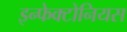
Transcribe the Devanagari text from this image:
इन्फेक्टोनियस